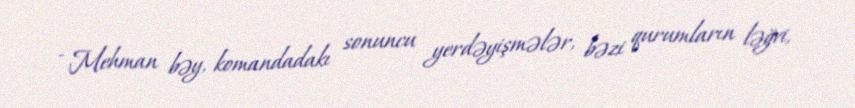
- Mehman bəy, komandadakı sonuncu yerdəyişmələr, bəzi qurumların ləğvi,